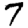
Digit: 7